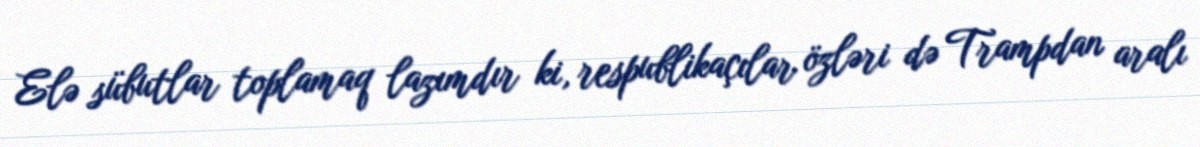
Elə sübutlar toplamaq lazımdır ki, respublikaçılar özləri də Trampdan aralı